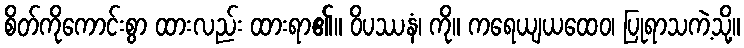
စိတ်ကိုကောင်းစွာ ထားလည်း ထားရာ၏။ ဝိပဿနံ၊ ကို။ ကရေယျယထေဝ၊ ပြုရာသကဲ့သို့။